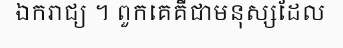
ឯករាជ្យ ។ ពួកគេគឺជាមនុស្សដែល